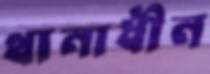
থানাধীন